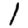
Digit: 1